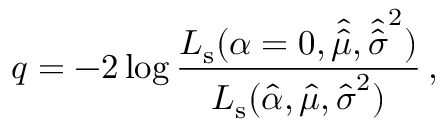
q = - 2 \log \frac { L _ { \mathrm { s } } ( \boldsymbol { \alpha } = \boldsymbol { 0 } , \hat { \hat { \mu } } , \hat { \hat { \boldsymbol { \sigma } } } ^ { 2 } ) } { L _ { \mathrm { s } } ( \hat { \boldsymbol { \alpha } } , \hat { \mu } , \hat { \boldsymbol { \sigma } } ^ { 2 } ) } \, ,